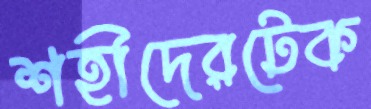
শহীদেরটেক